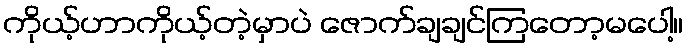
ကိုယ့်ဟာကိုယ့်တဲ့မှာပဲ ဇောက်ချချင်ကြတော့မပေါ့။